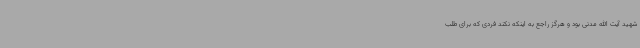
شهید آیت الله مدنی بود و هرگز راجع به اینکه نکند فردی که برای طلب